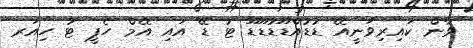
ވާން ކައިރިވަނީއޭ ޑުޑުއްޑޫޑުޑޫޑޫ ޓު ޑޭ އައި އޭމް ހެޕީ ޓު ހިއަރ